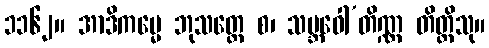
၁၁၆၂။ အာဒိကမ္မေ ဘုသတ္ထေ စ၊ သမ္ဘဝေါ’တိဏ္ဏ တိတ္တိသု။